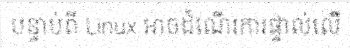
បន្ទាប់ពី Linux អាចដំណើរការផ្ទាល់លើ